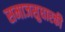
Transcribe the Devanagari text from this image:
समाजसुधारकी